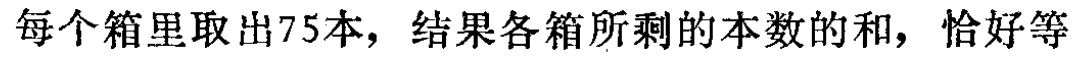
每个箱里取出75本，结果各箱所剩的本数的和，恰好等